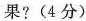
果?(4分)